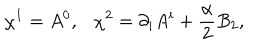
LaTeX: \chi ^ { 1 } = A ^ { 0 } , \chi ^ { 2 } = \partial _ { i } A ^ { i } + \frac { \textstyle \alpha } { \textstyle 2 } B _ { 2 } ,